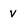
Character: V